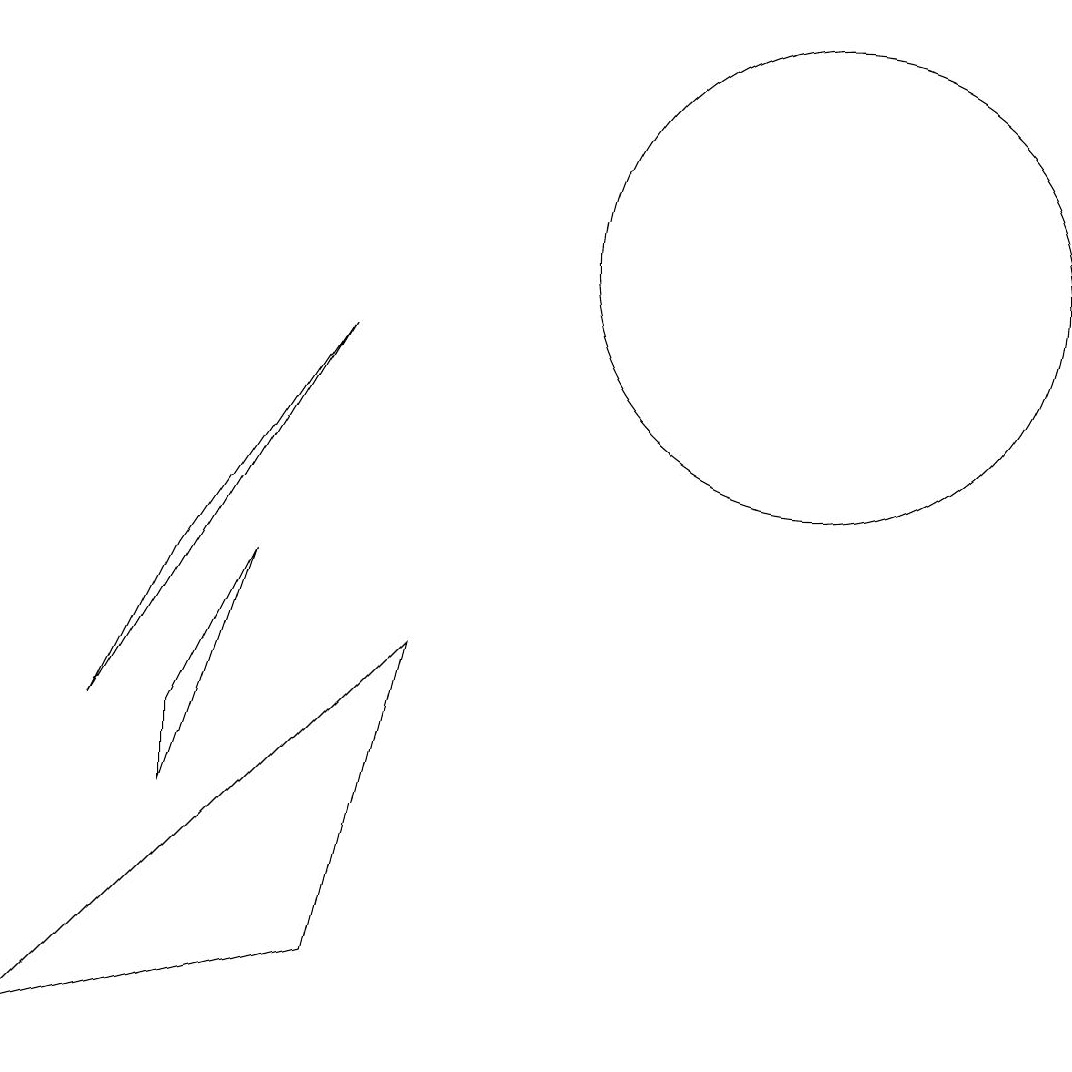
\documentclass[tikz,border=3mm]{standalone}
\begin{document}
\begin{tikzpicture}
\draw (6,5) -- (1,0) -- (5,1) -- cycle;
\draw (3,3) -- (4,6) -- (3,4) -- cycle;
\draw (11,10) circle (0);
\draw (3,6) -- (5,9) -- (2,4) -- cycle;
\draw (11,10) circle (3);
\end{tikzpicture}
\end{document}